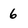
Character: 6